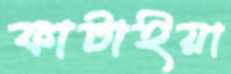
ফাটাইয়া